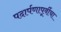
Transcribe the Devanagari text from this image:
पदार्पणापूर्वीचा